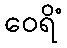
ဝေရိံ